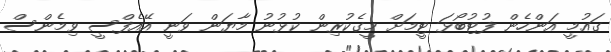
ގައުމީ އަންހެން ފުޓުބޯޅަ ޓީމަށް މީގެކުރިން ކުޅުނު މާޔަން ވަނީ އޭއެފްސީ ވިމެންސް